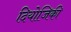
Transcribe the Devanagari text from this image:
दियोजिकी